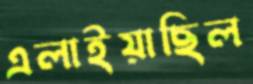
এলাইয়াছিল